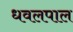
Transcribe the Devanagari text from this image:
धवलपाल